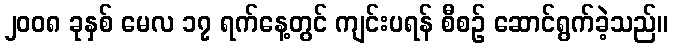
၂၀၀၈ ခုနှစ် မေလ ၁၇ ရက်နေ့တွင် ကျင်းပရန် စီစဉ် ဆောင်ရွက်ခဲ့သည်။